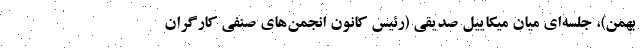
بهمن)، جلسه‌ای میان میکاییل صدیقی (رئیس کانون انجمن‌های صنفی کارگران